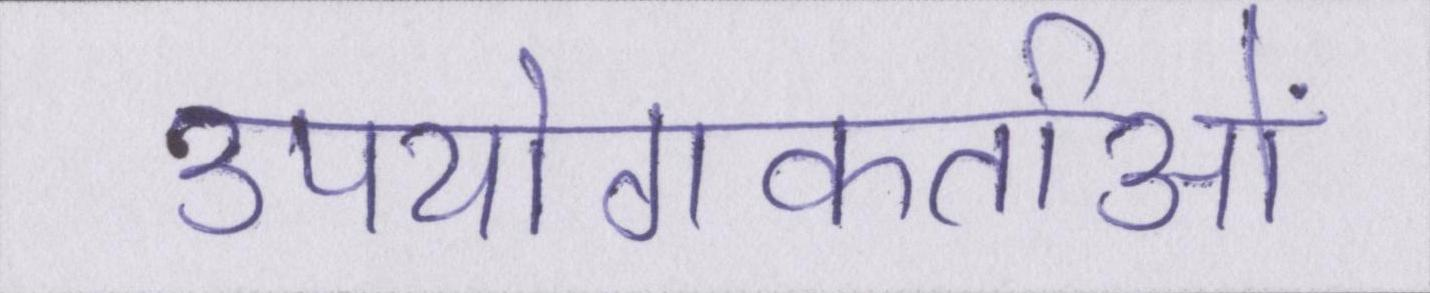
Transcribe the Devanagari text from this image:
उपयोगकर्ताओं